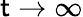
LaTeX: \mathsf{t}\rightarrow\infty